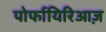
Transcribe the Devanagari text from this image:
पोर्फायिरिआज़